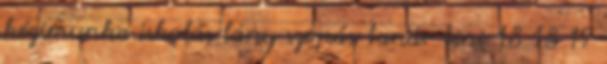
kézimunka iskolás lány szopás tanár tini 18 18 19